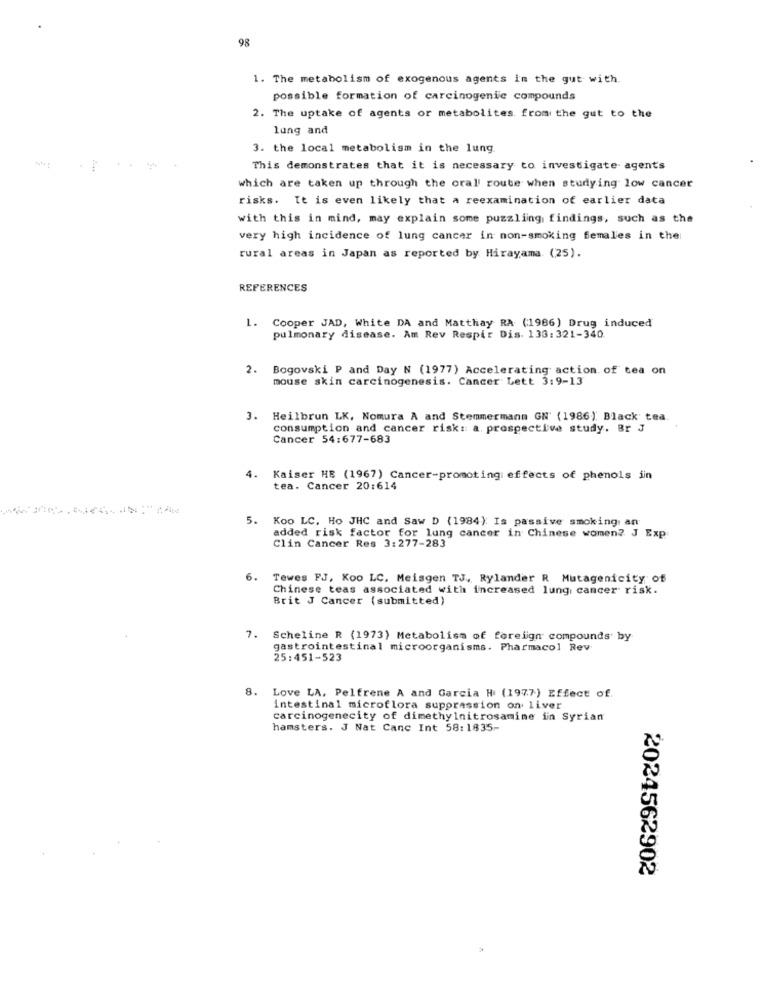
98
1. The metabolism of exogenous agents in the gut with.
possible formation of carcinogenic compounds
2. The uptake of agents or metabolites. from the gut to the
lung and
3. the local metabolism in the lung
This demonstrates that it is necessary to investigate agents
which are taken up through the oral' route when studying low cancer
risks. It is even likely that a reexamination of earlier data
with this in mind, may explain some puzzling, findings, such as the
very high incidence of lung cancer in non-smoking females in the
rural areas in Japan as reported by Hirayama. (25).
REFERENCES
1. Cooper JAD, White DA and Matthay RA (1986) Drug induced
pulmonary disease. Am Rev Respir Dis. 133:321-340
2. Bogovski P and Day N (1977) Accelerating action. of tea on
mouse skin carcinogenesis. Cancer Lett 3:9-13
Heilbrun LK, Nomura A and Stemmermann GN' (1986) Black tea.
consumption and cancer risk: a. prospective study. Br J
Cancer 54:677-683
4.
Kaiser HB (1967) Cancer-promoting: effects of phenols iin
tea. Cancer 20:614
5.
Koo LC, Ho JHC and Saw D (1984): Is passive smoking an
added risk factor for lung cancer in Chinese women? J Exp
Clin Cancer Res 3:277-283
6.
Tewes FJ, Koo LC. Meisgen TJ ., Rylander R Mutagenicity of
Chinese teas associated with increased lung cancer risk.
Brit J Cancer (submitted)
Scheline R (1973) Metabolism of foreign compounds by
gastrointestinal microorganisms. Pharmacol Rev
25:451-523
8. Love LA, Pelfrene A and Garcia H (1977) Effect of
intestinal microflora suppression on liver
carcinogenecity of dimethylnitrosamine in Syrian
hamsters. J Nat Canc Int 58:1835-
2024562902